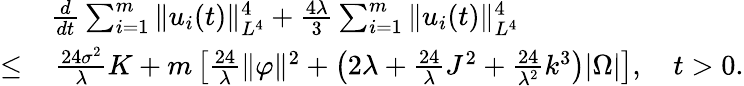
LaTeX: \begin{array}{rl}&{\frac{d}{dt}\sum_{i=1}^{m}\| u_{i}(t)\| _{L^{4}}^{4}+\frac{4\lambda}{3}\sum_{i=1}^{m}\| u_{i}(t)\| _{L^{4}}^{4}}\\ {\leq}&{\, \frac{24\sigma^{2}}{\lambda}K+m\left[\frac{24}{\lambda}\| \varphi\| ^{2}+\left(2\lambda+\frac{24}{\lambda}J^{2}+\frac{24}{\lambda^{2}}k^{3}\right)|\Omega|\right],\quad t>0.}\end{array}